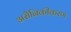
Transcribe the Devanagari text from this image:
असैनिकीकरण